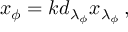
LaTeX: x _ { \phi } = k d _ { \lambda _ { \phi } } x _ { \lambda _ { \phi } } \, ,